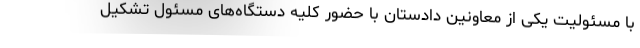
با مسئولیت یکی از معاونین دادستان با حضور کلیه دستگاه‌های مسئول تشکیل